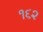
૧૬૨